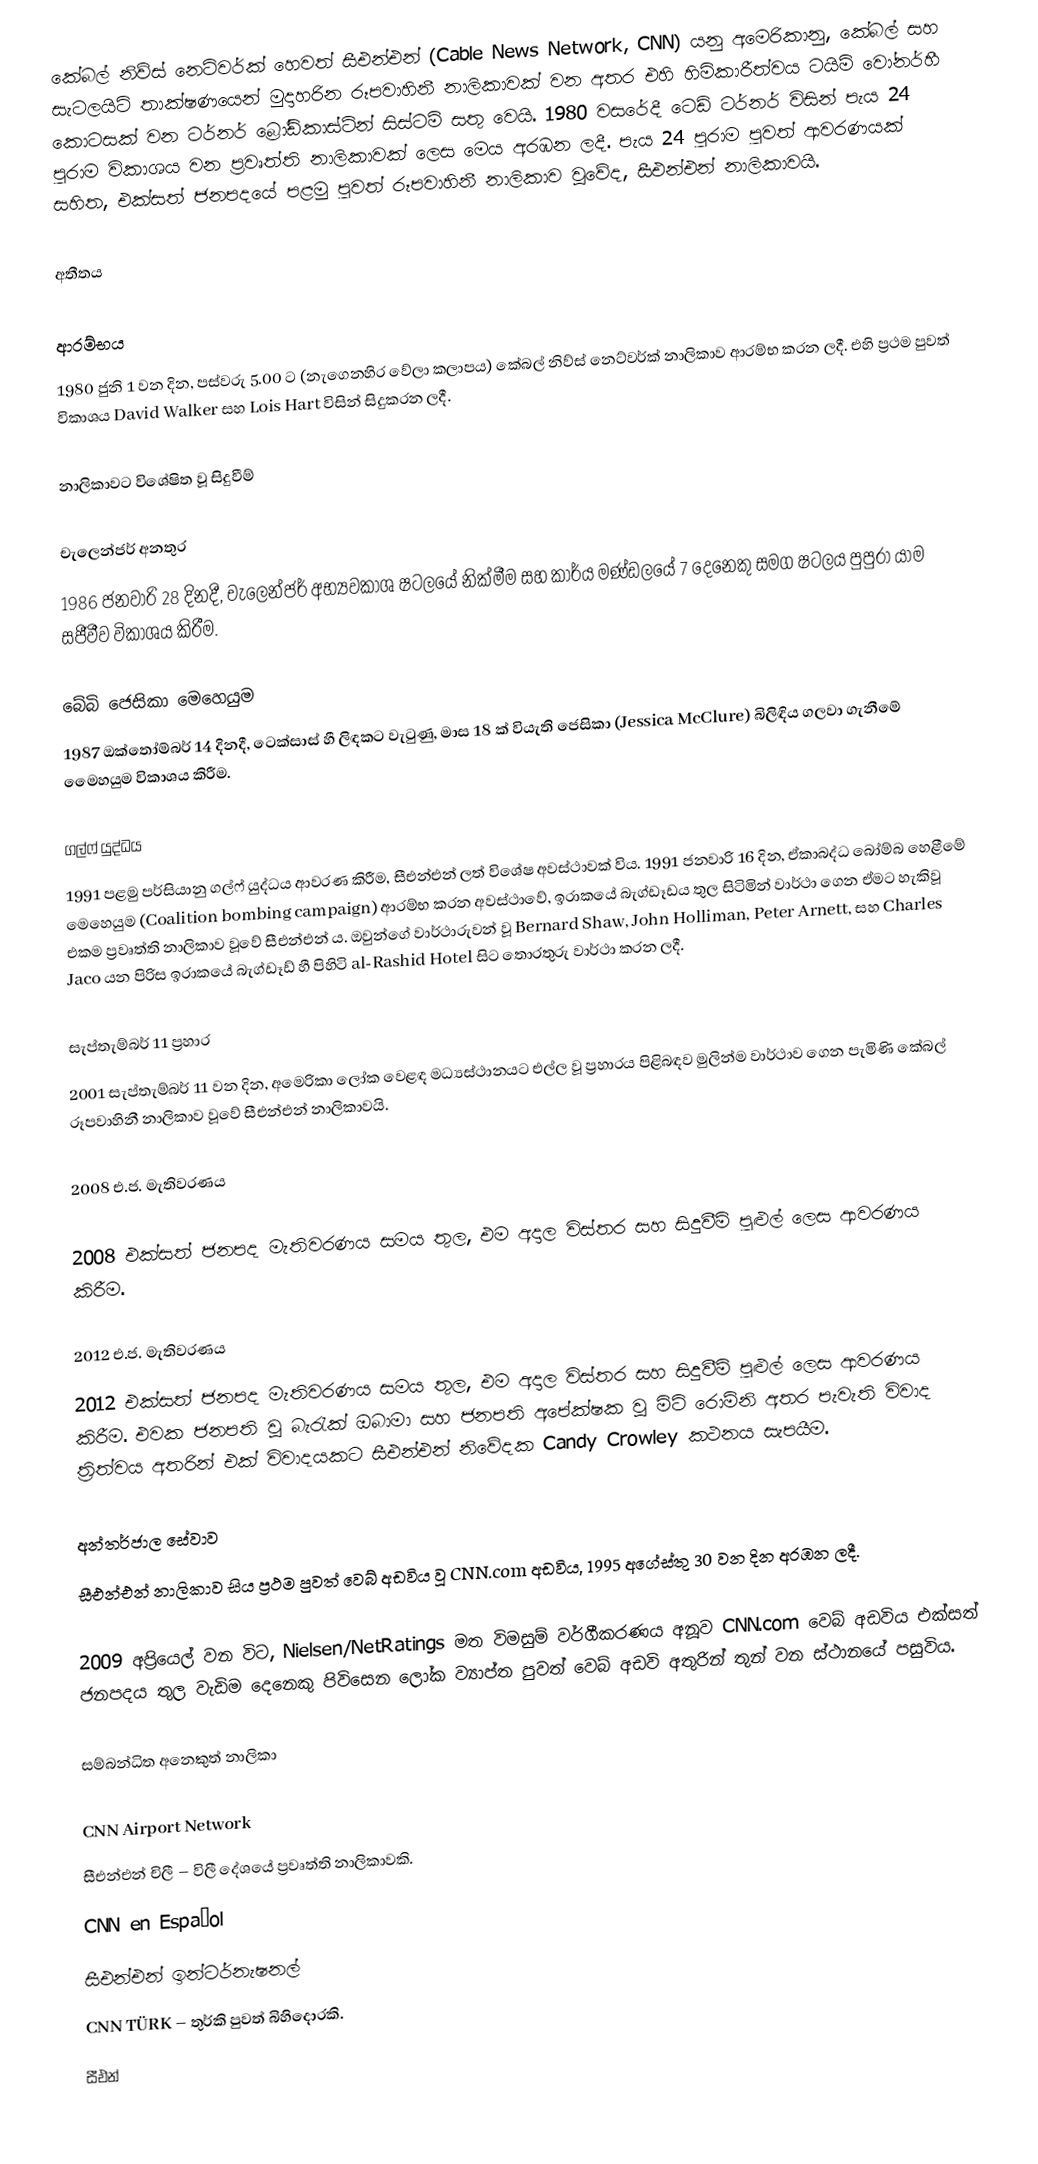
කේබල් නිව්ස් නෙට්වර්ක් හෙවත් සීඑන්එන් (Cable News Network, CNN) යනු අමෙරිකානු, කේබල් සහ සැටලයිට් තාක්ෂණයෙන් මුදාහරින රූපවාහිනී නාලිකාවක් වන අතර එහි හිමිකාරීත්වය ටයිම් වෝනර්හී කොටසක් වන ටර්නර් බ්‍රෝඩ්කාස්ටින් සිස්ටම් සතු වෙයි. 1980 වසරේදී ටෙඩ් ටර්නර් විසින් පැය 24 පුරාම විකාශය වන ප්‍රවෘත්ති නාලිකාවක් ලෙස මෙය අරඹන ලදී. පැය 24 පුරාම පුවත් ආවරණයක් සහිත, එක්සත් ජනපදයේ පළමු පුවත් රූපවාහිනී නාලිකාව වූවේද, සීඑන්එන් නාලිකාවයි.

අතීතය

ආරම්භය
1980 ජුනි 1 වන දින, පස්වරු 5.00 ට (නැගෙනහිර වේලා කලාපය) කේබල් නිව්ස් නෙට්වර්ක් නාලිකාව ආරම්භ කරන ලදී. එහි ප්‍රථම පුවත් විකාශය David Walker සහ Lois Hart විසින් සිදුකරන ලදී.

නාලිකාවට විශේෂිත වූ සිදුවීම්

චැලෙන්ජර් අනතුර
1986 ජනවාරි 28 දිනදී, චැලෙන්ජර් අභ්‍යවකාශ ෂටලයේ නික්මීම සහ කාර්ය මණ්ඩලයේ 7 දෙනෙකු සමග ෂටලය පුපුරා යාම සජීවීව විකාශය කිරීම.

බේබි ජෙසිකා මෙහෙයුම
1987 ඔක්තෝම්බර් 14 දිනදී, ටෙක්සාස් හී ලිඳකට වැටුණු, මාස 18 ක් වියැති ජෙසිකා (Jessica McClure) බිලිඳිය ගලවා ගැනීමේ මෙෙහයුම විකාශය කිරීම.

ගල්ෆ් යුද්ධය
1991 පළමු පර්සියානු ගල්ෆ් යුද්ධය ආවරණ කිරීම, සීඑන්එන් ලත් විශේෂ අවස්ථාවක් විය. 1991 ජනවාරි 16 දින, ඒකාබද්ධ බෝම්බ හෙළීමේ මෙහෙයුම (Coalition bombing campaign) ආරම්භ කරන අවස්ථාවේ, ඉරාකයේ බැග්ඩෑඩය තුල සිටිමින් වාර්ථා ගෙන ඒමට හැකිවූ එකම ප්‍රවෘත්ති නාලිකාව වූවේ සීඑන්එන් ය. ඔවුන්ගේ වාර්ථාරුවන් වූ Bernard Shaw, John Holliman, Peter Arnett, සහ Charles Jaco යන පිරිස ඉරාකයේ බැග්ඩෑඩ් හී පිහිටි  al-Rashid Hotel සිට තොරතුරු වාර්ථා කරන ලදී.

සැප්තැම්බර් 11 ප්‍රහාර
2001 සැප්තැම්බර් 11 වන දින, අමෙරිකා ලෝක වෙළඳ මධ්‍යස්ථානයට එල්ල වූ ප්‍රහාරය පිළිබඳව මුලින්ම වාර්ථාව ගෙන පැමිණි කේබල් රූපවාහිනී නාලිකාව වූවේ සීඑන්එන් නාලිකාවයි.

2008 එ.ජ. මැතිවරණය

2008 එක්සත් ජනපද මැතිවරණය සමය තුල, එම අදාල විස්තර සහ සිදුවීම් පුළුල් ලෙස ආවරණය කිරීම.

2012 එ.ජ. මැතිවරණය
2012 එක්සත් ජනපද මැතිවරණය සමය තුල, එම අදාල විස්තර සහ සිදුවීම් පුළුල් ලෙස ආවරණය කිරීම. එවක ජනපති වූ බැරැක් ඔබාමා සහ ජනපති අපේක්ෂක වූ මිට් රොම්නි අතර පැවැති විවාද ත්‍රිත්වය අතරින් එක් විවාදයකට සීඑන්එන් නිවේදක  Candy Crowley කථනය සැපයීම.

අන්තර්ජාල සේවාව
සීඑන්එන් නාලිකාව සිය ප්‍රථම පුවත් වෙබ් අඩවිය වූ CNN.com අඩවිය, 1995 අගේස්තු 30 වන දින අරඹන ලදී.

2009 අප්‍රියෙල් වන විට, Nielsen/NetRatings මත විමසුම් වර්ගීකරණය අනූව CNN.com වෙබ් අඩවිය එක්සත් ජනපදය තුල වැඩිම දෙනෙකු පිවිසෙන ලෝක ව්‍යාප්ත පුවත් වෙබ් අඩවි අතුරින් තුන් වන ස්ථානයේ පසුවිය.

සම්බන්ධිත අනෙකුත් නාලිකා

CNN Airport Network
සීඑන්එන් චිලී – විලී දේශයේ ප්‍රවෘත්ති නාලිකාවකි.
CNN en Español
සීඑන්එන් ඉන්ටර්නැෂනල්
CNN TÜRK – තුර්කි පුවත් බිහිදොරකි.
සීඑන්